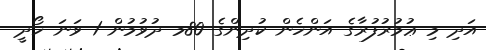
އަދި މި ޢުމުރުފުރާގެ އަންހެން ކުދިންގެ 80މ ދުވުމުން 1 ވަނަ ހޯދީ